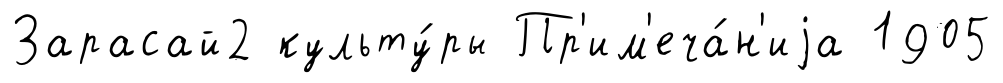
Зарасай2 культу́ры Пр'им'еча́н'иjа 1905